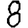
Digit: 8